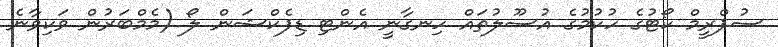
ސުޕްރީމް ކޯޓުގެ ހުކުމުގެ އުސޫލުތައް ހިނގާނީ އެންޓި ޑިފެކްޝަން ލޯ (މެމްބަރުން ވަކިވާނެ